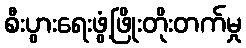
စီးပွားရေးဖွံ့ဖြိုးတိုးတက်မှု